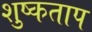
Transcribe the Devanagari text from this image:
शुष्कताप